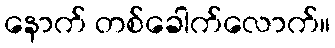
နောက် တစ်ခေါက်လောက်။